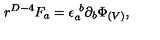
r ^ { D - 4 } F _ { a } = \epsilon _ { a } ^ { \ b } \partial _ { b } \Phi _ { ( V ) } ,